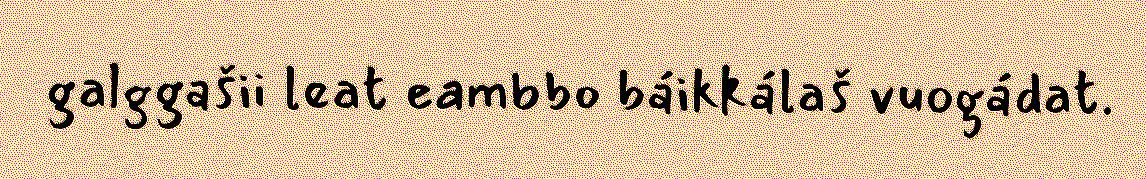
galggašii leat eambbo báikkálaš vuogádat.